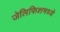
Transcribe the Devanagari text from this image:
जेलिफिशमध्ये